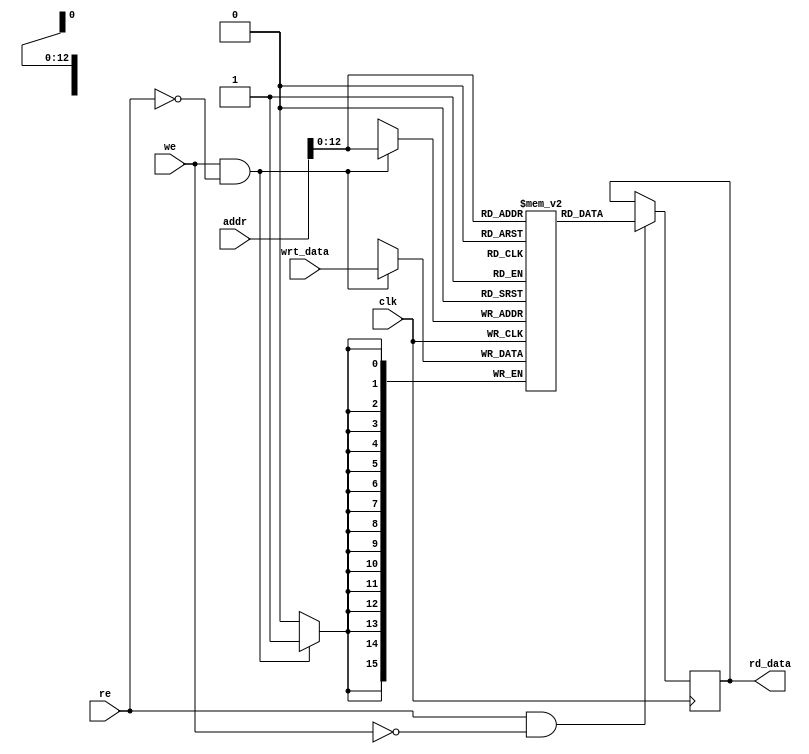
module DM(clk,addr,re,we,wrt_data,rd_data);

/////////////////////////////////////////////////////////
// Data memory.  Single ported, can read or write but //
// not both in a single cycle.  Precharge on clock   //
// high, read/write on clock low.                   //
/////////////////////////////////////////////////////
input clk;
input [15:0] addr;
input re;						// asserted when instruction read desired
input we;						// asserted when write desired
input [15:0] wrt_data;			// data to be written

output reg [15:0] rd_data;		//output of data memory

reg [15:0]data_mem[0:8191];		// 8K*16 data memory

/////////////////////////////////////////
// Read is synchronous on negedge clk //
///////////////////////////////////////
always @(negedge clk)
  if (re && ~we)
    rd_data <= data_mem[addr];
	
/////////////////////////////////////////////////
// Model write, data is written on clock fall //
///////////////////////////////////////////////
always @(negedge clk)
  if (we && ~re)
    data_mem[addr] <= wrt_data;

endmodule